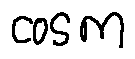
\cos m